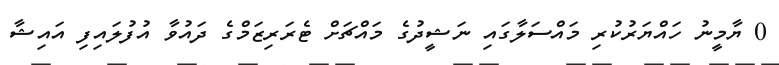
0 ޔާމީނު ހައްޔަރުކުރި މައްސަލާގައި ނަޝީދުގެ މައްޗަށް ޓެރަރިޒަމްގެ ދައުވާ އުފުލައިފި އައިޝާ